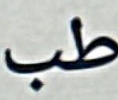
طب